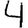
Digit: 4